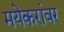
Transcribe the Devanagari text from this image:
मयेकरांवर